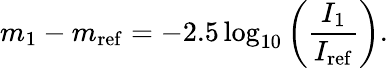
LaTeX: m_{1}-m_{\mathrm{{ref}}}=-2.5\log_{10}\left({\frac{I_{1}}{I_{\mathrm{{ref}}}}}\right).